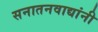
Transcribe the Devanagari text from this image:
सनातनवाद्यांनी